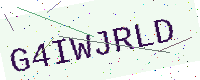
Text: G4IWJRLD